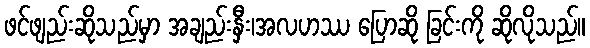
ဖင်ဖျည်းဆိုသည်မှာ အချည်းနှီး၊အလဟဿ ပြောဆို ခြင်းကို ဆိုလိုသည်။